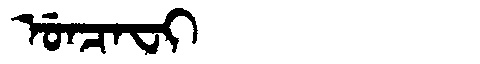
Manchu: ᡠᠨᠴᠠᠸᡳ
Romanization: UNCAFI